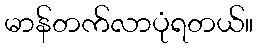
မာန်တက်လာပုံရတယ်။